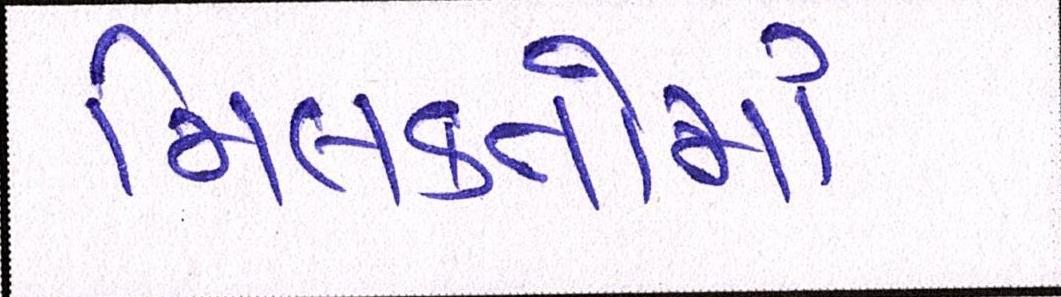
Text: મિલકતોમાં